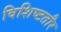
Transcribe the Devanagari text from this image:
विशिष्टतौर